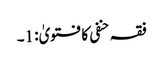
فقہ حنفی کا فتویٰ: 1۔